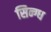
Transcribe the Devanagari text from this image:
सिन्ग्ध